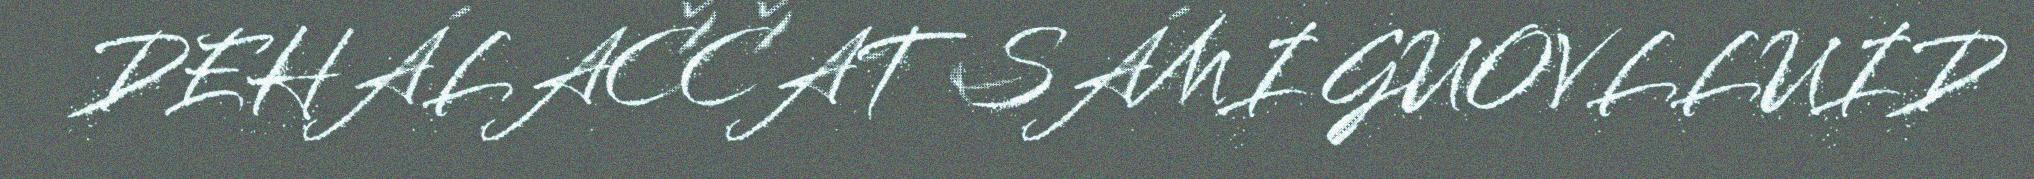
DEHÁLAČČAT SÁMI GUOVLLUID